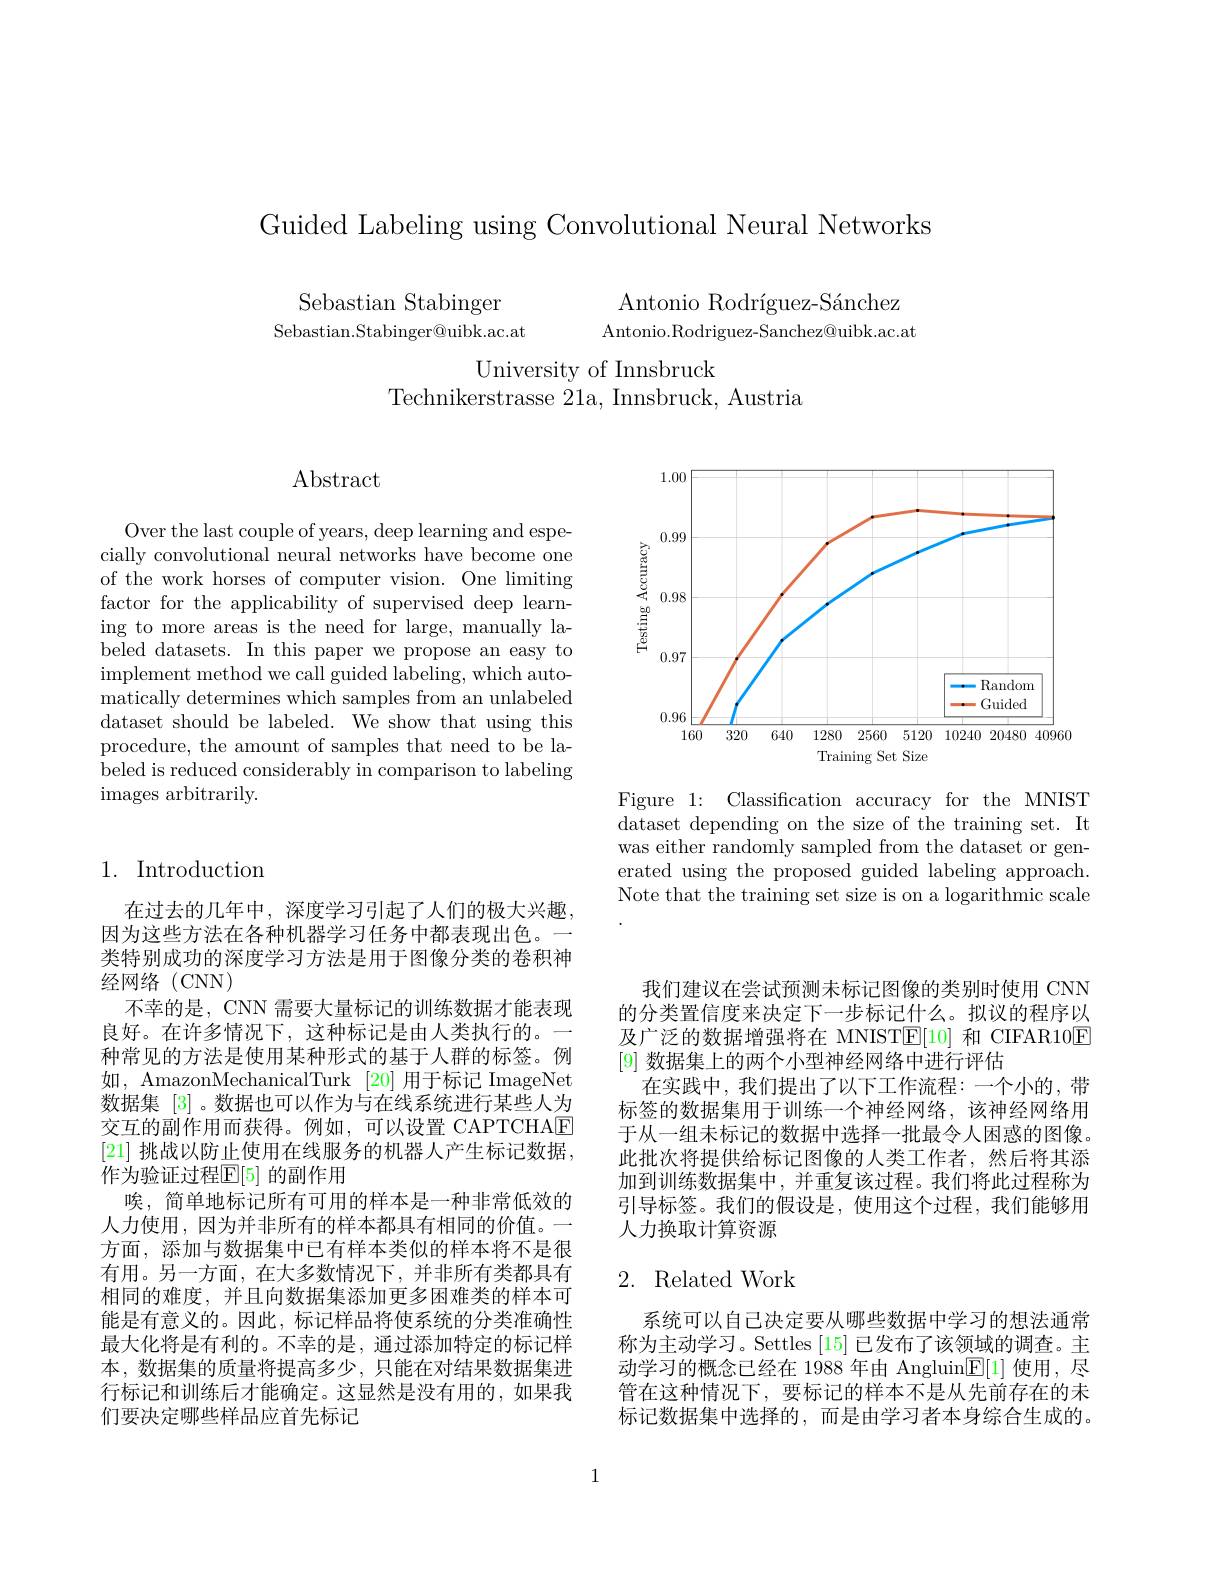
Guided Labeling using Convolutional Neural Networks

Sebastian Stabinger
Antonio Rodríguez-Sánchez
Sebastian.Stabinger@uibk.ac.at
Antonio.Rodriguez-Sanchez@uibk.ac.at

University of Innsbruck
Technikerstrasse 21a, Innsbruck, Austria

$\operatorname{Abstract}$

Over the last couple of years, deep learning and especially convolutional neural networks have become one of the work horses of computer vision. One limiting factor for the applicability of supervised deep learning to more areas is the need for large, manually labeled datasets. In this paper we propose an easy to implement method we call guided labeling, which automatically determines which samples from an unlabeled dataset should be labeled. We show that using this procedure, the amount of samples that need to be labeled is reduced considerably in comparison to labeling images arbitrarily.

<FigureHere>

Figure 1: Classification accuracy for the MNIST dataset depending on the size of the training set. It was either randomly sampled from the dataset or generated using the proposed guided labeling approach. Note that the training set size is on a logarithmic scale

## 1. Introduction

在过去的几年中，深度学习引起了人们的极大兴趣，
因为这些方法在各种机器学习任务中都表现出色。
类特别成功的深度学习方法是用于图像分类的卷积神
经网络(CNN)
不幸的是，CNN 需要大量标记的训练数据才能表现良好。在许多情况下，这种标记是由人类执行的。一种常见的方法是使用某种形式的基于人群的标签。例如，AmazonMechanicalTurk [20]用于标记 ImageNet 数据集 [3] 。数据也可以作为与在线系统进行某些人为交互的副作用而获得。例如，可以设置 CAPTCHAE [21] 挑战以防止使用在线服务的机器人产生标记数据， 作为验证过程$\mathbb{E}[5]$ 的副作用
唉，简单地标记所有可用的样本是一种非常低效的人力使用，因为并非所有的样本都具有相同的价值。一方面，添加与数据集中已有样本类似的样本将不是很有用。另一方面，在大多数情况下，并非所有类都具有相同的难度，并且向数据集添加更多困难类的样本可能是有意义的。因此，标记样品将使系统的分类准确性最大化将是有利的。不幸的是，通过添加特定的标记样本，数据集的质量将提高多少，只能在对结果数据集进行标记和训练后才能确定。这显然是没有用的，如果我们要决定哪些样品应首先标记

我们建议在尝试预测未标记图像的类别时使用 CNN 的分类置信度来决定下一步标记什么。拟议的程序以及广泛的数据增强将在 MNIST$\mathbb{E}[10]$和 CIFAR10E [9]数据集上的两个小型神经网络中进行评估
在实践中，我们提出了以下工作流程：一个小的，带标签的数据集用于训练一个神经网络，该神经网络用于从一组未标记的数据中选择一批最令人困惑的图像。此批次将提供给标记图像的人类工作者，然后将其添加到训练数据集中，并重复该过程。我们将此过程称为引导标签。我们的假设是，使用这个过程，我们能够用人力换取计算资源

### 2. Related Work

系统可以自己决定要从哪些数据中学习的想法通常称为主动学习。Settles [15] 已发布了该领域的调查。主动学习的概念已经在 1988 年由 Angluin$\mathbb{E}[1]$使用，尽管在这种情况下，要标记的样本不是从先前存在的未标记数据集中选择的，而是由学习者本身综合生成的。

1